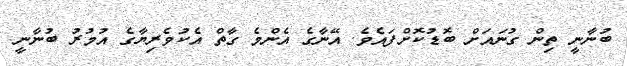
ބުނާނީ ތިން ގުނައަށް ބޮޑުކޮށްފައެވެ. އޭނާގެ އެންމެ ގާތް އެކުވެރިޔާގެ އުމުރު ބުނާނީ